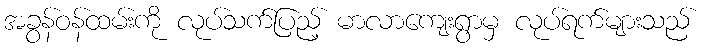
အခွန်ဝန်ထမ်းကို လုပ်သက်ပြည့် မာလာကျေးရွာမှ လုပ်ရက်များသည်